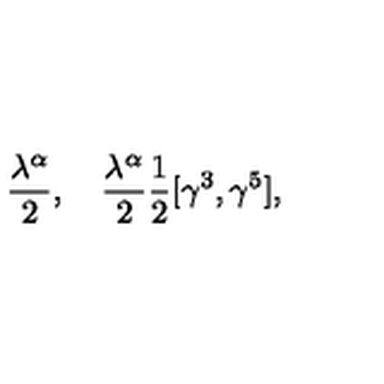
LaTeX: \frac { \lambda ^ { \alpha } } { 2 } , \quad \frac { \lambda ^ { \alpha } } { 2 } { \frac { 1 } { 2 } } [ \gamma ^ { 3 } , \gamma ^ { 5 } ] ,